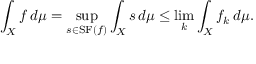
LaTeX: \int _ { X } f \, d \mu = \operatorname* { s u p } _ { s \in \operatorname { S F } ( f ) } \int _ { X } s \, d \mu \leq \operatorname* { l i m } _ { k } \int _ { X } f _ { k } \, d \mu .